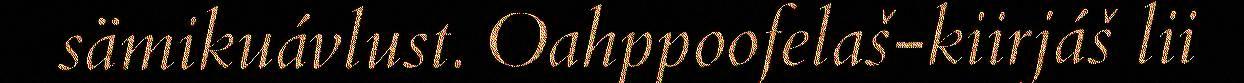
sämikuávlust. Oahppoofelaš-kiirjáš lii